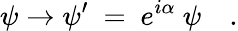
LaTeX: \psi\to\psi^{\prime}~=~e^{i\alpha}~\psi\quad.